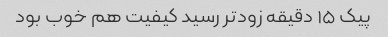
پیک ۱۵ دقیقه زودتر رسید کیفیت هم خوب بود